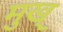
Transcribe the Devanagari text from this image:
मुख्